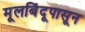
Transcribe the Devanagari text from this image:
मूलबिंदूपासून